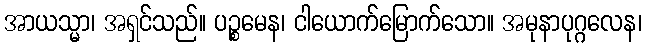
အာယသ္မာ၊ အရှင်သည်။ ပဉ္စမေန၊ ငါယောက်မြောက်သော။ အမုနာပုဂ္ဂလေန၊